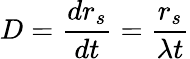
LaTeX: D=\frac{dr_{s}}{dt}=\frac{r_{s}}{\lambda t}